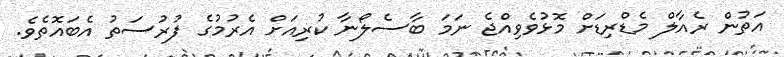
އަތުން ރެއާލް މެޑްރިޑަށް މޮޅުވެވިއްޖެ ނަމަ ބާސެލޯނާ ކުރިއަށް އެރުމުގެ ފުރުސަތު އެބައޮތެވެ.